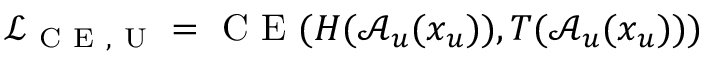
\mathcal { L } _ { \mathrm { ~ C ~ E ~ , ~ U ~ } } = \mathrm { ~ C ~ E ~ } ( H ( \mathcal { A } _ { u } ( x _ { u } ) ) , T ( \mathcal { A } _ { u } ( x _ { u } ) ) )